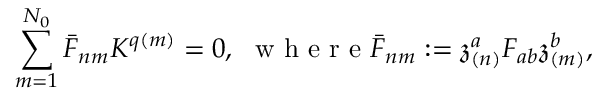
\sum _ { m = 1 } ^ { N _ { 0 } } \bar { F } _ { n m } K ^ { q \left( m \right) } = 0 , \ \mathrm { ~ w ~ h ~ e ~ r ~ e ~ } \bar { F } _ { n m } : = \mathfrak { z } _ { \left( n \right) } ^ { a } F _ { a b } \mathfrak { z } _ { \left( m \right) } ^ { b } ,